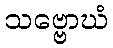
သဗ္ဗောဃံ